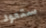
ستعود